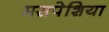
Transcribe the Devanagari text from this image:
मसपेशिया